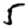
Digit: 5